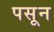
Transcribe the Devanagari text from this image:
पसून